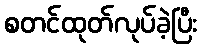
စတင်ထုတ်လုပ်ခဲ့ပြီး